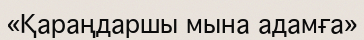
«Қараңдаршы мына адамға»